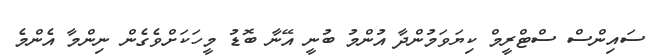
ސައިންސް ސްޓްރީމް ކިޔަވަމުންދާ އުންމު ބުނީ އޭނާ ބޮޑު މީހަކަށްވެގެން ނިންމާ އެންމެ